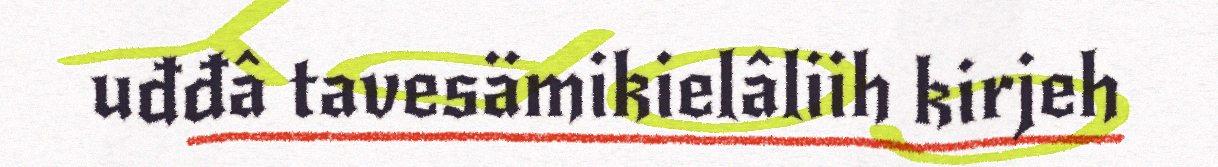
uđđâ tavesämikielâliih kirjeh